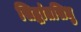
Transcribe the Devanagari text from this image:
सिद्धांतसिधु